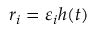
r _ { i } = \varepsilon _ { i } h ( t )